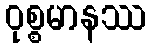
ဝုစ္စမာနဿ